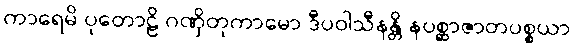
ကာရေမိ ပုတောဠိ ဂဏှိတုကာမော ဒီပဝါသီနန္တိ နပစ္ဆာဇာတပစ္စယာ